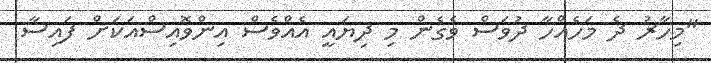
"މިހާރު ދެ މަހެއްހާ ދުވަސް ވެގެން މި ދިޔައީ އެއްވެސް އިންވޮއިސްއަކަށް ފައިސާ